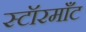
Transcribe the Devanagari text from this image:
स्टॉरमाँट